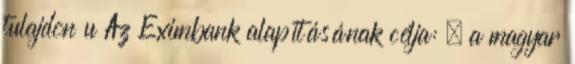
tulajdon u Az Eximbank alapításának célja:  a magyar